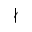
\nmid